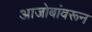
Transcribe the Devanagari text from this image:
आजोबांवरून